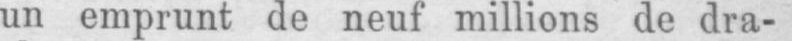
un emprunt de neuf millions de dra-